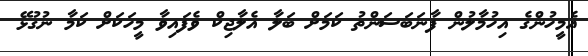
ޢެމީހުންގެ އިހުމާލުން ފާނަބަސަންތު ކަމަށް ބަލާ އެލާޖިކް ވެފައިވާ މީހަކަށް ކަމާ ނުގުޅޭ